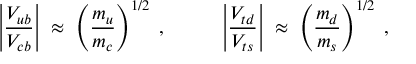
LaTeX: \left| \frac { V _ { u b } } { V _ { c b } } \right| \; \approx \; \left( \frac { m _ { u } } { m _ { c } } \right) ^ { 1 / 2 } \; , ~ ~ ~ ~ ~ ~ ~ ~ \left| \frac { V _ { t d } } { V _ { t s } } \right| \; \approx \; \left( \frac { m _ { d } } { m _ { s } } \right) ^ { 1 / 2 } \; ,